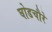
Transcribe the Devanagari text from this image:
घोडचौरे